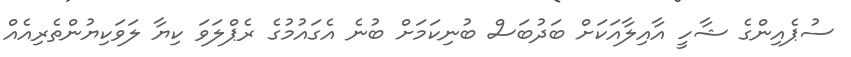
ސުޕެއިންގެ ޝާހީ އާއިލާއަކަށް ބަދުބަސް ބުނިކަމަށް ބުނެ އެގައުމުގެ ރެޕްލަވަ ކިޔާ ލަވަކިޔުންތެރިއެއް